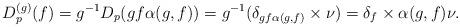
LaTeX: \begin{align*}D_{p}^{(g)}(f) = g^{-1}D_{p}(gf\alpha(g,f)) = g^{-1}(\delta_{gf\alpha(g,f)} \times \nu) = \delta_{f} \times \alpha(g,f)\nu.\end{align*}